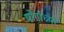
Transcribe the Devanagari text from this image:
योगांच्या